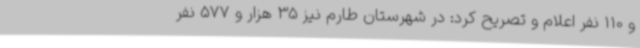
و 110 نفر اعلام و تصریح کرد: در شهرستان طارم نیز 35 هزار و 577 نفر